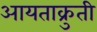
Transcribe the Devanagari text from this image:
आयताक्रुती